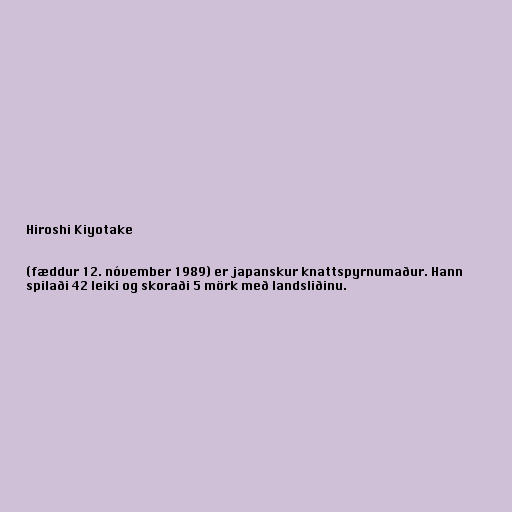
Hiroshi Kiyotake

(fæddur 12. nóvember 1989) er japanskur knattspyrnumaður. Hann
spilaði 42 leiki og skoraði 5 mörk með landsliðinu.